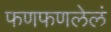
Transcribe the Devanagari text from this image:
फणफणलेलं